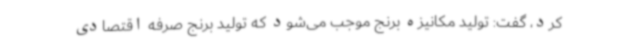
کرد، گفت: تولید مکانیزه برنج موجب می‌شود که تولید برنج صرفه اقتصادی